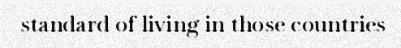
standard of living in those countries